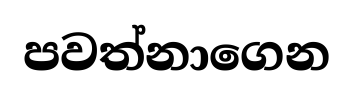
පවත්නාගෙන